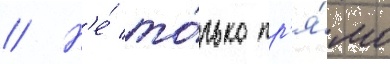
// Н'е́ то́лько пр'я́мо